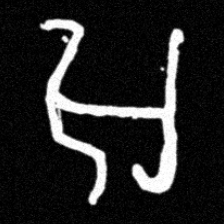
Pyu character \u2014 Myanmar letter: အ (romanized: a)